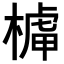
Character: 𣘭